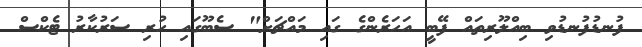
ފުނޑުފުނޑުވި ބިއްލޫރިތައް ފޭބީ އަހަރެންގެ ގައި މައްޗަށް" ސެބޫގައި ހުރި ސަރުކާރު ޓެކްސް